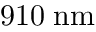
9 1 0 \; \mathrm { n m }